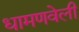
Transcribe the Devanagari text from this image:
धामणवेली